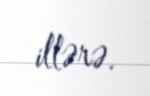
illərə.